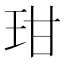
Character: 玵